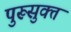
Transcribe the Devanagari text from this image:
पुरूसुक्त